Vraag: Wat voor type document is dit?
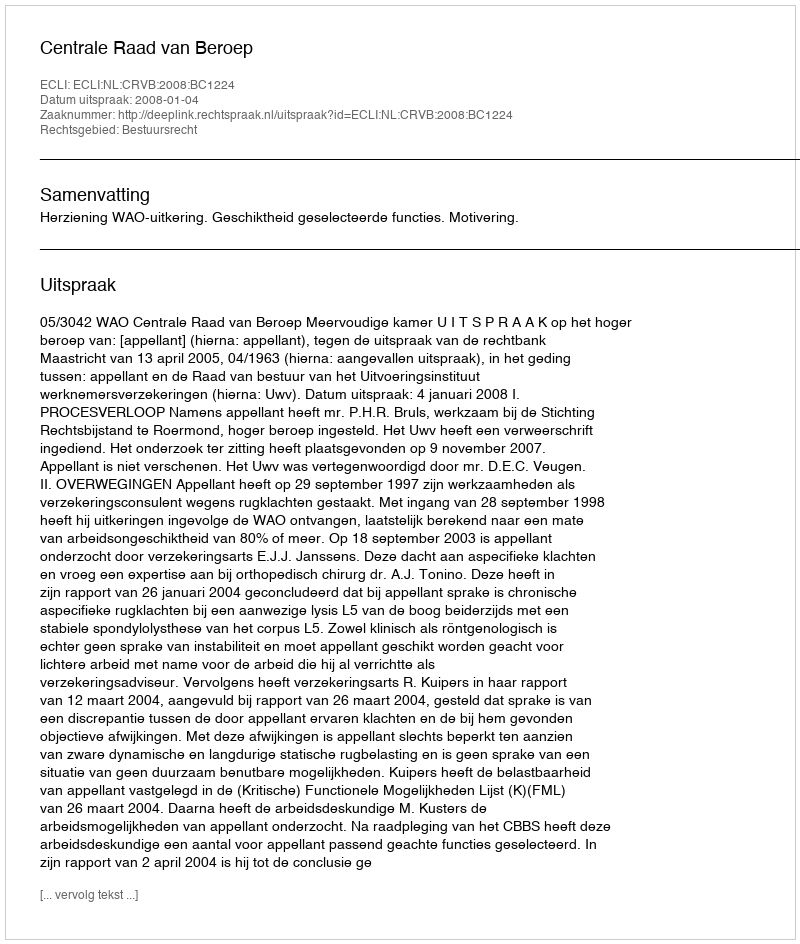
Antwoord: Uitspraak